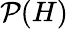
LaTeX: \mathcal{P}(H)